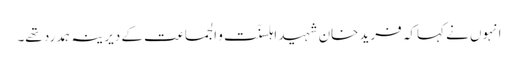
انہوں نے کہاکہ فرید خان شہید اہلسنّت و الجماعت کے دیرینہ ہمدرد تھے۔